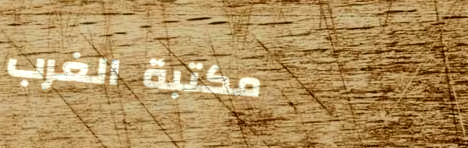
مكتبة الغرب